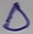
Text: D